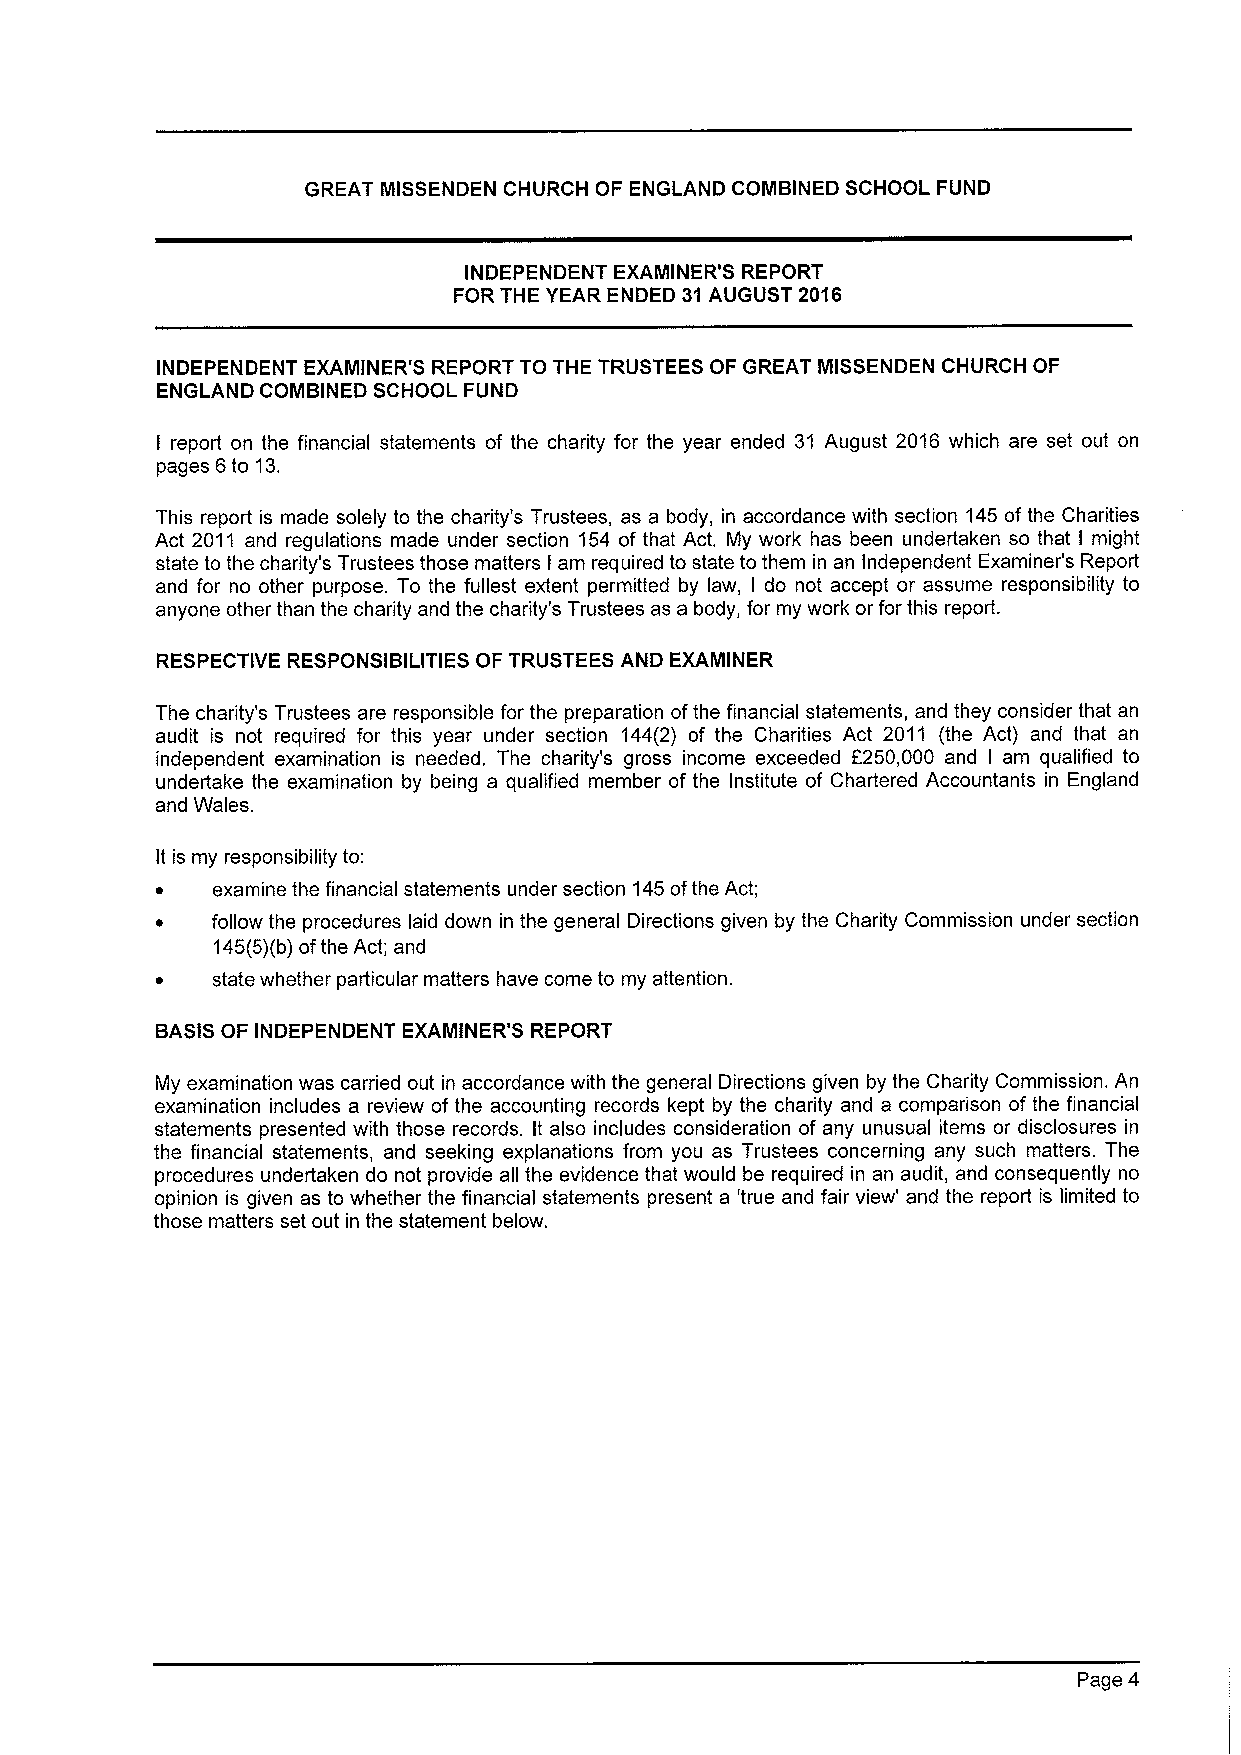
GREAT MISSENDEN CHURCH OF ENGLAND COMBINED SCHOOL FUND
 INDEPENDENT EXAMINER'S REPORT
 FOR THE YEAR ENDED 31AUGUST 2016
 INDEPENDENT EXAMINER'S REPORT TO THE TRUSTEES OF GREAT MISSENDEN CHURCH OF
 ENGLAND COMBINED SCHOOL FUND
 report on the financial statements of the charity for the year ended 31 August 2016 which are set out on
 I
 pages 6to 13.
 This report is made solely to the charity's Trustees, as a body, in accordance with section 145of the Charities
 Act 2011 and regulations made under section 154 of that Act. My work has been undertaken so that I might
 state to the charity's Trustees those matters I am required to state to them in an Independent Examiner's Report
 and for no other purpose. To the fullest extent permitted by law, I do not accept or assume responsibility to
 anyone other than the charity and the charity's Trustees as a body, for my work or for this report.
 RESPECTIVE RESPONSIBILITIES OF TRUSTEES AND EXAMINER
 The charity's Trustees are responsible for the preparation ofthe financial statements, and they consider that an
 audit is not required for this year under section 144(2) of the Charities Act 2011 (the Act) and that an
 independent examination is needed. The charity's gross income exceeded F250,000 and I am qualified to
 undertake the examination by being a qualified member of the Institute of Chartered Accountants in England
 and Wales.
 It is my responsibility to:
 ~   examine the financial statements under section 145ofthe Act;
 ~   follow the procedures laid down in the general Directions given by the Charity Commission under section
 145(5)(b)ofthe Act; and
 ~   state whether particular matters have come to my attention.
 BASISOF INDEPENDENT EXAMINER'S REPORT
 My examination was carried out in accordance with the general Directions given by the Charity Commission. An
 examination includes a review of the accounting records kept by the charity and a comparison ofthe financial
 statements presented with those records. It also includes consideration of any unusual items or disclosures in
 the financial statements, and seeking explanations from you as Trustees concerning any such matters. The
 procedures undertaken do not provide all the evidence that would be required in an audit, and consequently no
 opinion is given as to whether the financial statements present a 'true and fair view' and the report is limited to
 those matters set out in the statement below.
 Page 4